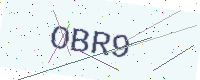
Text: OBR9